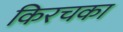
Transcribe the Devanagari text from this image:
किरचका